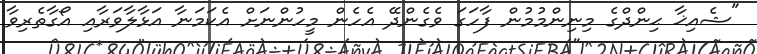
"ޝެއިޚާ ޙިންދްގެ މިނިންމުމުން ފާހަގަ ވެގެންދޭ އެހެން މީހުންނަށް އެކަމަނާ އަޅާލާވަރާއި އޯގާތެރިވާ